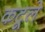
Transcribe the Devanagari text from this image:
कटूले